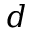
d